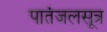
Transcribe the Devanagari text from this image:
पातंजलसूत्र